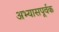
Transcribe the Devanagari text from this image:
अभ्यासपूर्वक